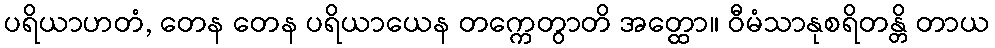
ပရိယာဟတံ, တေန တေန ပရိယာယေန တက္ကေတွာတိ အတ္ထော။ ဝီမံသာနုစရိတန္တိ တာယ